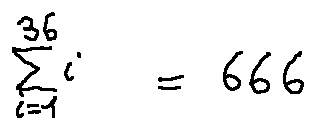
\sum \limits _ { i = 1 } ^ { 3 6 } i = 6 6 6